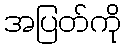
အပြတ်ကို